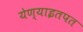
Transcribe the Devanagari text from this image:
येण्याइतपत